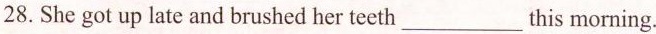
28.She got up late and brushed her teeth___this morning.